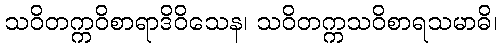
သဝိတက္ကဝိစာရာဒိဝိသေန၊ သဝိတက္ကသဝိစာရသမာဓိ၊